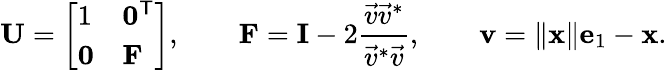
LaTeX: \mathbf{U}=\left[\begin{array}{ll}{1}&{\mathbf{0}^{\textup{\textsf{T}}}}\\ {\mathbf{0}}&{\mathbf{F}}\end{array}\right],\qquad\mathbf{F}=\mathbf{I}-2\frac{\vec{v}\vec{v}^{*}}{\vec{v}^{*}\vec{v}},\qquad\mathbf{v}=\| \mathbf{x}\| \mathbf{e}_{1}-\mathbf{x}.